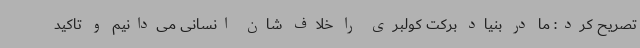
تصریح کرد: ما در بنیاد برکت کولبری را خلاف شان انسانی می‌دانیم و تاکید